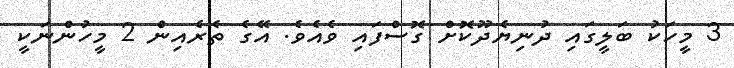
3 މީހަކު ބަލީގައި ދުނިޔެދޫކޮށް ގޮސްފައި ވެއެވެ. އޭގެ ތެރެއިން 2 މީހުންނަކީ